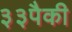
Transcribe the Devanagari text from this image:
३३पैकी